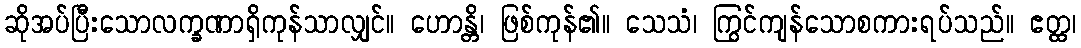
ဆိုအပ်ပြီးသောလက္ခဏာရှိကုန်သာလျှင်။ ဟောန္တိ၊ ဖြစ်ကုန်၏။ သေသံ၊ ကြွင်ကျန်သောစကားရပ်သည်။ ဧတ္ထ၊